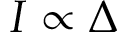
I \propto \Delta